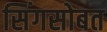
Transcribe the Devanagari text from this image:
सिंगसोबत